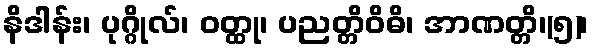
နိဒါန်း၊ ပုဂ္ဂိုလ်၊ ဝတ္ထု၊ ပညတ္တိဝိဓိ၊ အာဏတ္တိ၊(၅)၊